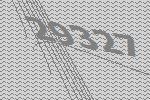
29327